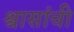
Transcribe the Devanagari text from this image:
श्वासांची